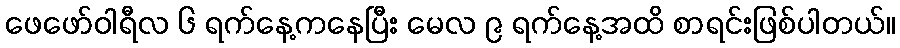
ဖေဖော်ဝါရီလ ၆ ရက်နေ့ကနေပြီး မေလ ၉ ရက်နေ့အထိ စာရင်းဖြစ်ပါတယ်။